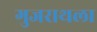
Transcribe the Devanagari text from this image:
गुजराथला